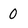
Character: 0